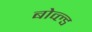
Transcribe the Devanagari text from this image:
बोव्ल्ड